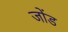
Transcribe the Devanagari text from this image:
जोंड